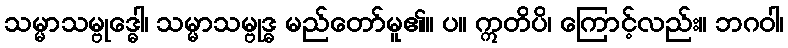
သမ္မာသမ္ဗုဒ္ဓေါ၊ သမ္မာသမ္ဗုဒ္ဓ မည်တော်မူ၏။ ပ။ ဣတိပိ၊ ကြောင့်လည်း။ ဘဂဝါ၊